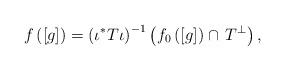
LaTeX: \begin{align*} f\left([g]\right)=\left(\iota^{\ast}T\iota \right)^{-1}\left(f_0\left([g]\right)\cap \,T^{\bot}\right), \end{align*}